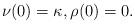
LaTeX: \begin{align*} \nu(0)=\kappa,\rho(0)=0.\end{align*}